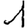
Digit: 1